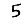
Digit: 5